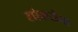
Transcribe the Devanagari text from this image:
लोकसेना